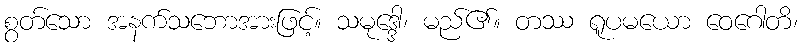
စွတ်သော အနက်သဘောအားဖြင့်။ သမုဒ္ဒေါ၊ မည်၏။ တဿ ရူပမယော ဝေဂေါတိ၊